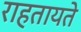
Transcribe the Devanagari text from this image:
राहतायते